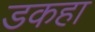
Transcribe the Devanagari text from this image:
डकहा